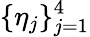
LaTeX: \{ \eta_{j}\} _{j=1}^{4}